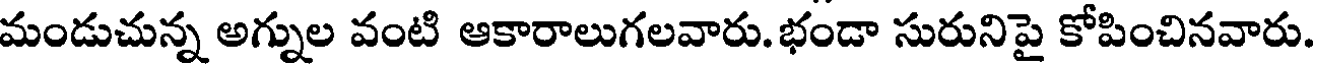
మండుచున్న అగ్నుల వంటి ఆకారాలుగలవారు.భండా సురునిపై కోపించినవారు.